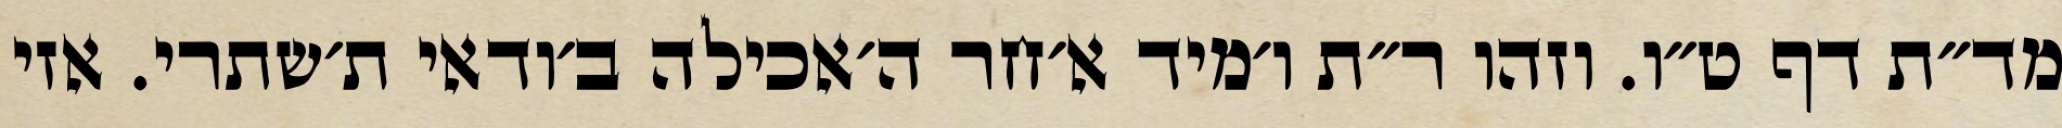
מד״ת דף ט״ו. וזהו ר״ת ו׳מיד א׳חר ה׳אכילה ב׳ודאי ת׳שתרי. אזי